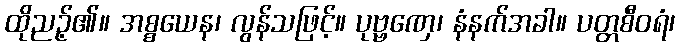
ထိုညဉ့်၏။ အစ္စယေန၊ လွန်သဖြင့်။ ပုဗ္ဗဏှေ၊ နံနက်အခါ။ ပတ္တစီဝရံ၊